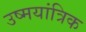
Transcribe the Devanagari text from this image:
उष्मयांत्रिक